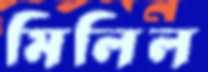
মিলিল